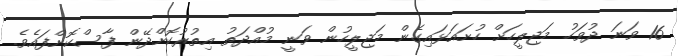
16 ވަނަ ދުވަހު މަޖިލީހަށް ހުށައަޅައިގެން މަޖިލީހުން ވަނީ މުއްދަތު އިތުރުކޮށްދޭން ފާސްކޮށްފައެވެ.